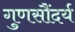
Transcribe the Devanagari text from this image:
गुणसौंदर्य